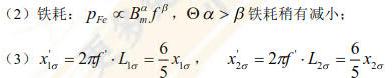
(2) 铁耗：$p_{Fe} \propto B_{m}^{\alpha} f^{\beta}$，$\Theta$  $\alpha>\beta$ 铁耗稍有减小；
(3) $x_{1 \sigma}^{\prime}=2 \pi f^{\prime} \cdot L_{1 \sigma}=\frac{6}{5} x_{1 \sigma}$，$x_{2 \sigma}^{\prime}=2 \pi f^{\prime} \cdot L_{2 \sigma}=\frac{6}{5} x_{2 \sigma}$